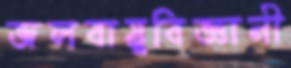
জলবায়ুবিজ্ঞানী